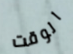
الوقت